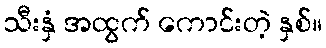
သီးနှံ အထွက် ကောင်းတဲ့ နှစ်။